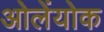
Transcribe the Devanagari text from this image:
ओलेंयोक